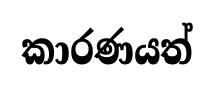
කාරණයත්